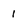
Character: 1